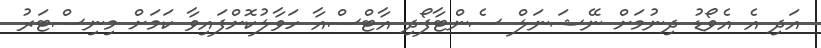
އަދި އެ އެވޯޑު ދިނުމަށް ނޭޝަނަލް ސެންޓާފޯދި އާޓްސްއާ ހަވާލުކޮށްފައިވާ ކަމަށް މިނިސްޓަރު